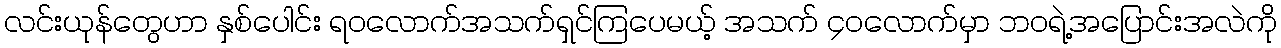
လင်းယုန်တွေဟာ နှစ်ပေါင်း ရဝလောက်အသက်ရှင်ကြပေမယ့် အသက် ၄၀လောက်မှာ ဘဝရဲ့အပြောင်းအလဲကို